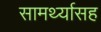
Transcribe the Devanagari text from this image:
सामर्थ्यासह